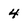
Character: 4